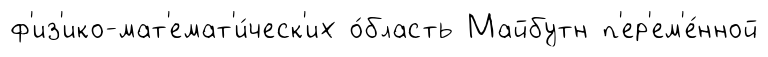
ф'из'ико-мат'емат'и́ческ'их о́бласть Майбутн п'ер'ем'е́нной